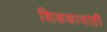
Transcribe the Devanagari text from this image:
शिडकावाही